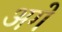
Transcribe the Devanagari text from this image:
अगें